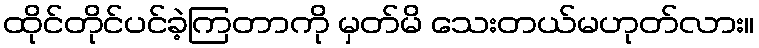
ထိုင်တိုင်ပင်ခဲ့ကြတာကို မှတ်မိ သေးတယ်မဟုတ်လား။